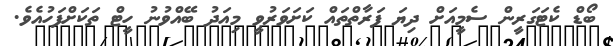
ބޯޑް ކެޓަގަރީން ސެމީއަށް ދިޔަ ފަރާތްތައް ކަށަވަރުވީ މިއަދު ބޭއްވުނު ހީޓް ތަކަށްފަހުއެވެ.